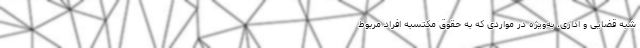
شبه قضایی و اداری، به‌ویژه در مواردی که به حقوق مکتسبه افراد مربوط